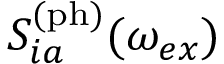
S _ { i a } ^ { \mathrm { ( p h ) } } ( \omega _ { e x } )